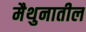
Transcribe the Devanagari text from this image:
मैथुनातील